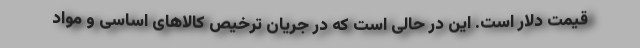
قیمت دلار است. این در حالی است که در جریان ترخیص کالاهای اساسی و مواد